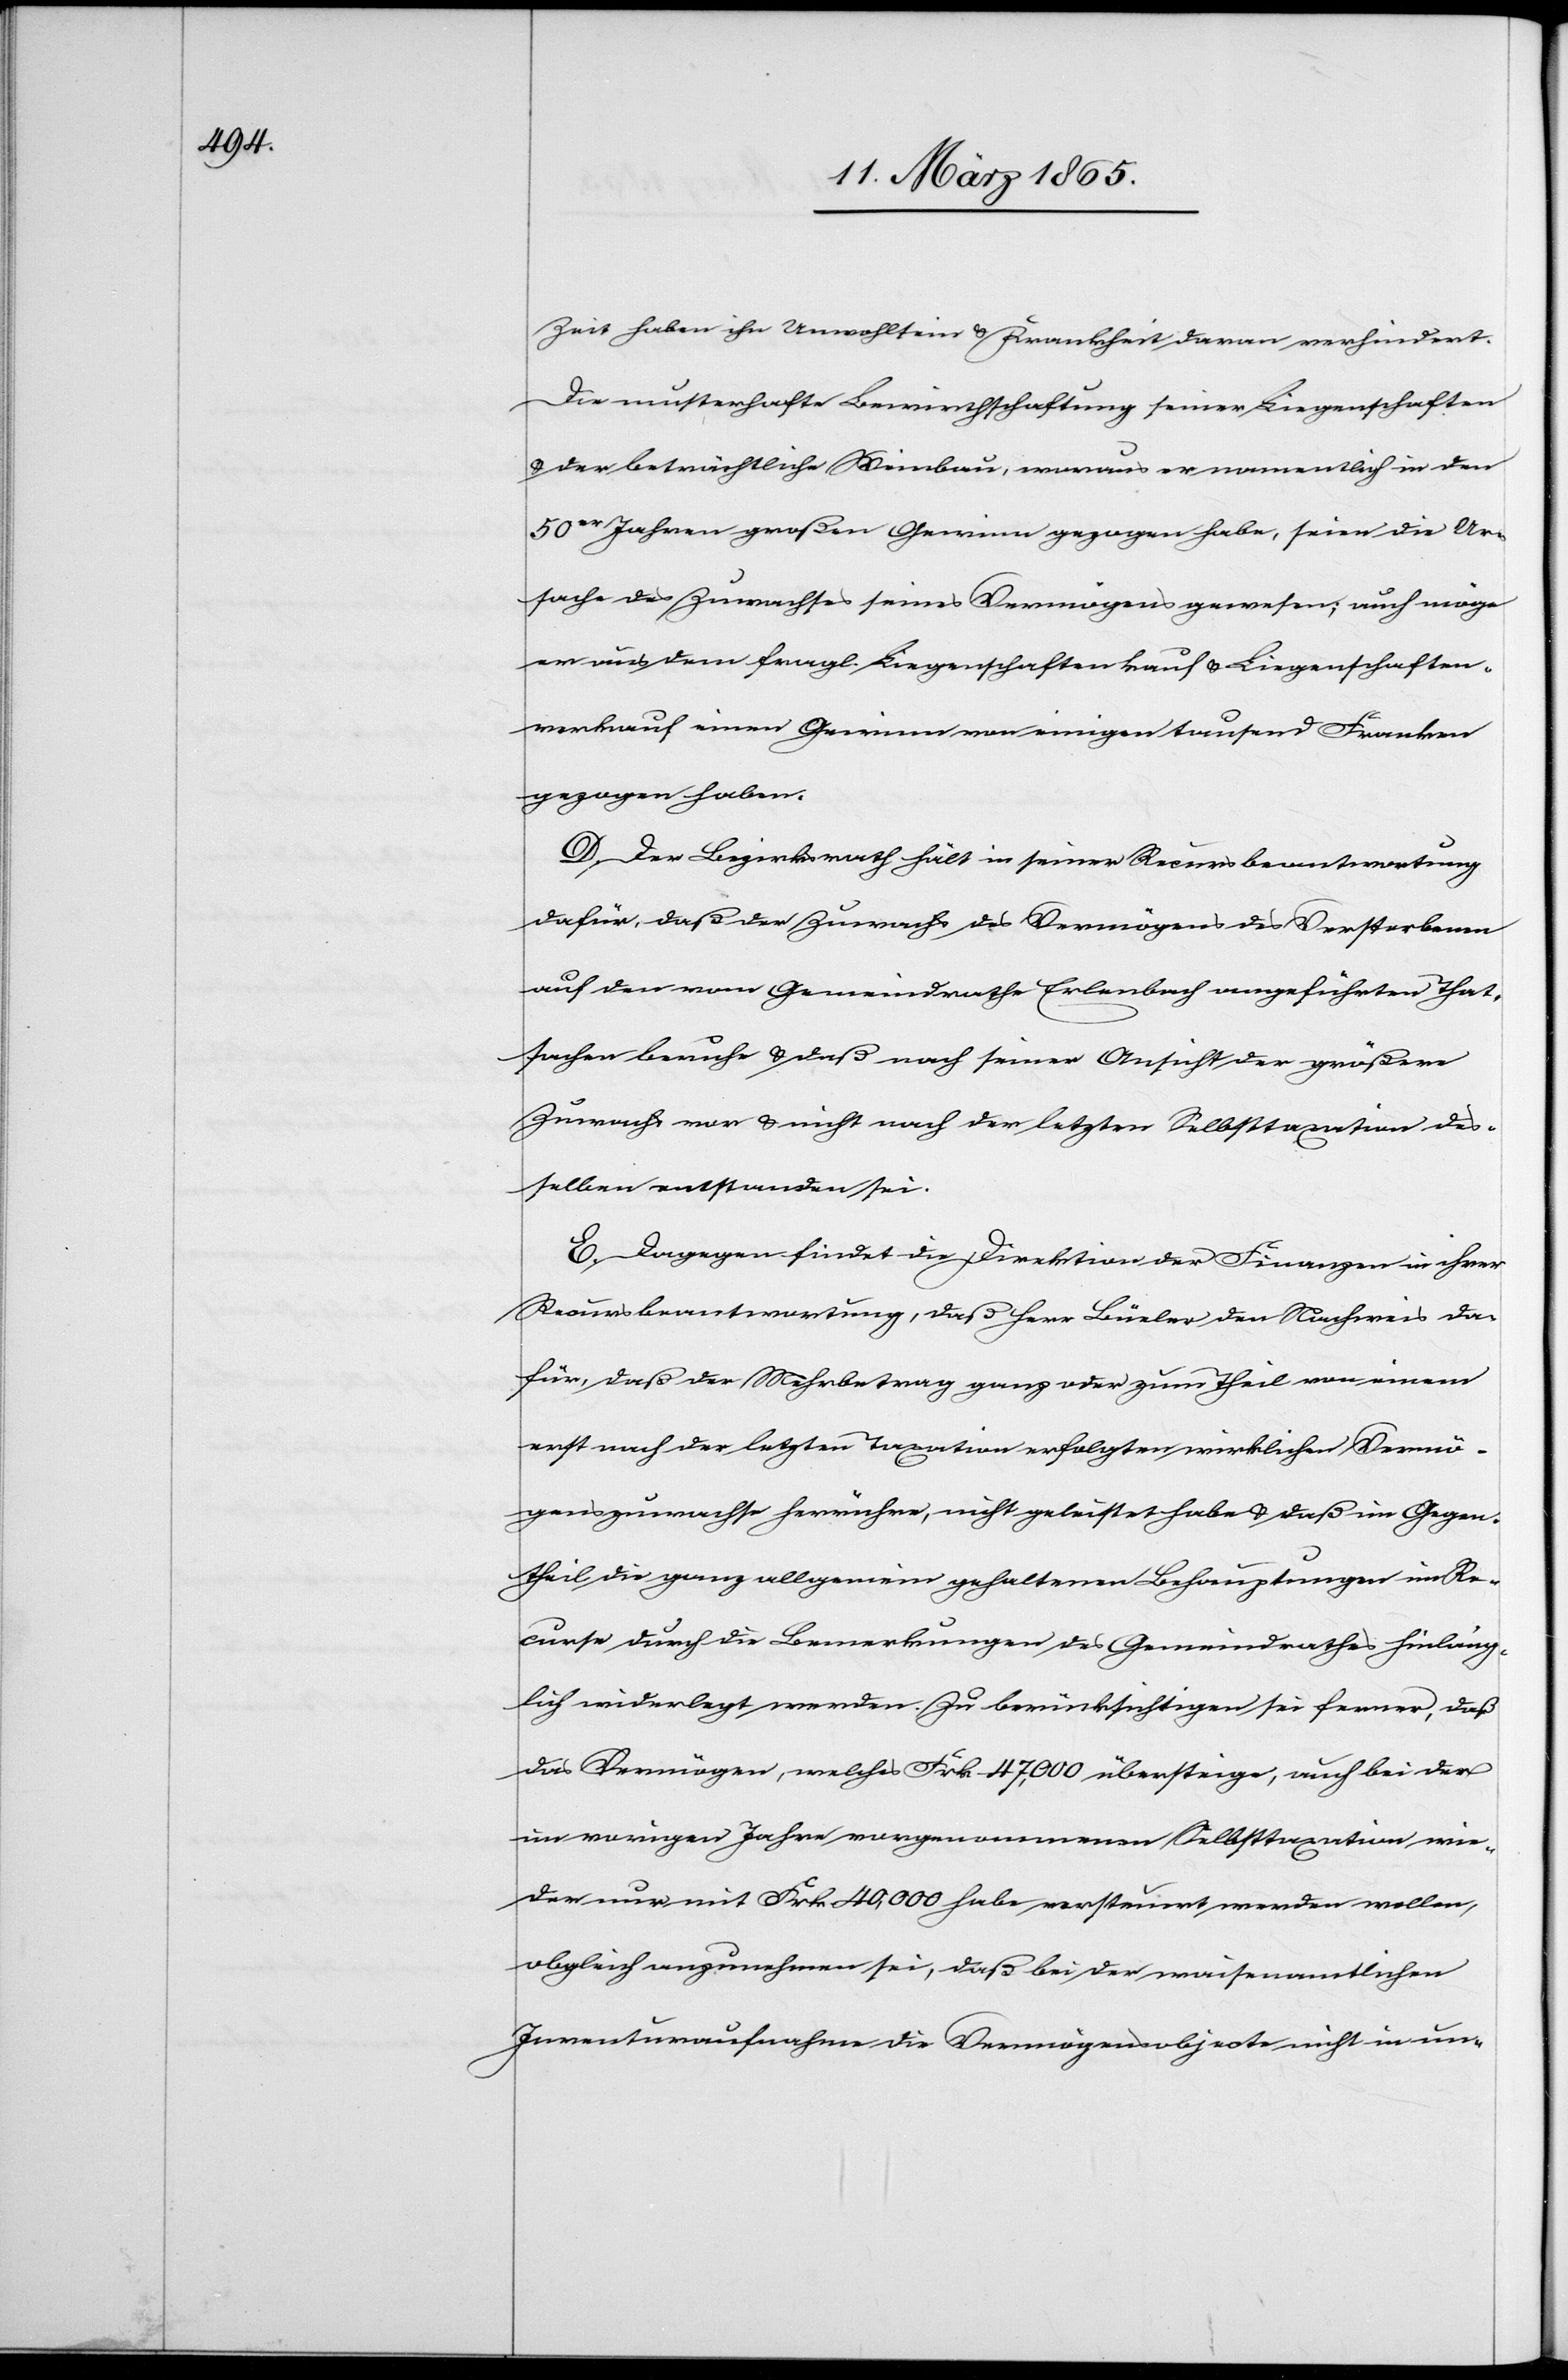
Zeit haben ihn Unwohlsein & Krankheit daran verhindert.
Die musterhafte Bewirthschaftung seiner Liegenschaften
& der beträchtliche Weinbau, woraus er namentlich in den
50er Jahren großen Gewinn gezogen habe, seien die Ur¬
sache des Zuwachses seines Vermögens gewesen; auch möge
er aus dem fragl. Liegenschaftenkauf & Liegenschaften¬
verkauf einen Gewinn von einigen tausend Franken
gezogen haben.
D. Der Bezirksrath hält in seiner Recursbeantwortung
dafür, daß der Zuwachs des Vermögens des Verstorbenen
auf den vom Gemeindrathe Erlenbach angeführten That¬
sachen beruhe & daß nach seiner Ansicht der größere
Zuwachs vor & nicht nach der letzten Selbsttaxation des¬
selben entstanden sei.
E. Dagegen findet die Direktion der Finanzen in ihrer
Recursbeantwortung, daß Herr Büeler den Nachweis da¬
für, daß der Mehrbetrag ganz oder zum Theil von einem
erst nach der letzten Taxation erfolgten wirklichen Vermö¬
genszuwachse herrühre, nicht geleistet habe & daß im Gegen¬
theil die ganz allgemein gehaltenen Behauptungen im Re¬
curse durch die Bemerkungen des Gemeindrathes hinläng¬
lich widerlegt werden. Zu berücksichtigen sei ferner, daß
das Vermögen, welches Frk 47,000 übersteige, auch bei der
im vorigen Jahre vorgenommenen Selbsttaxation wie¬
der nur mit Frk 40,000 habe versteuert werden wollen,
obgleich anzunehmen sei, daß bei der waisenamtlichen
Inventuraufnahme die Vermögensobjecte nicht in un-